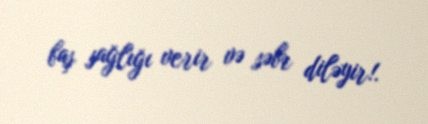
baş sağlığı verir və səbr diləyir!.